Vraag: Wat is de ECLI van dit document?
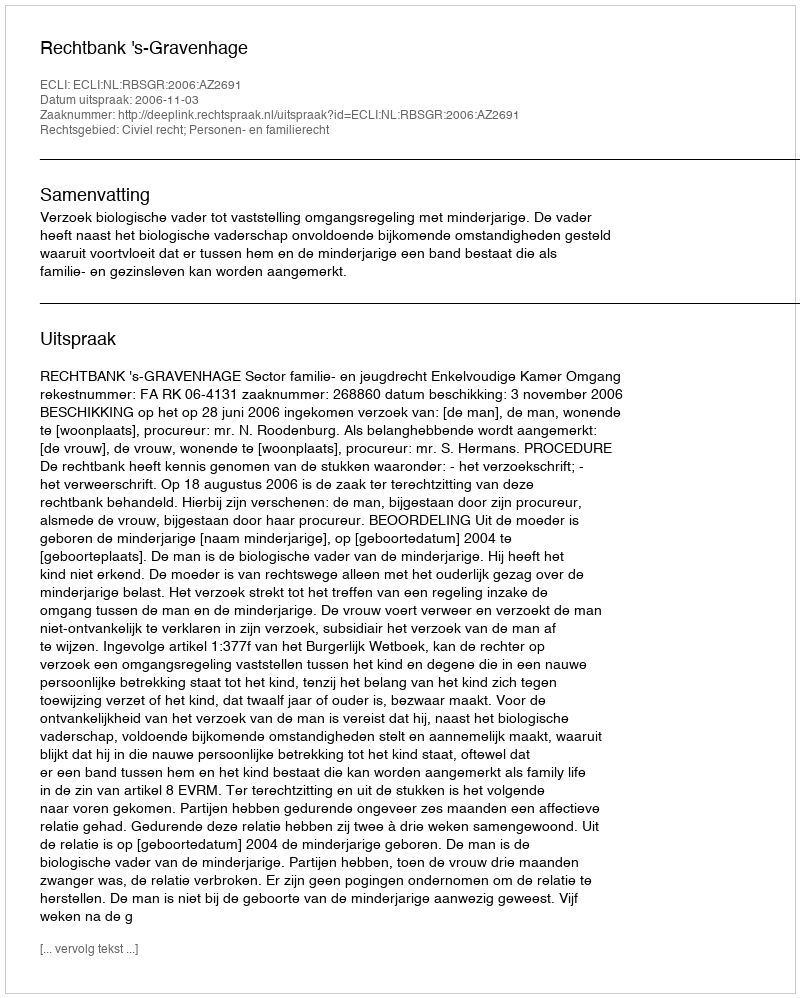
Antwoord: ECLI:NL:RBSGR:2006:AZ2691